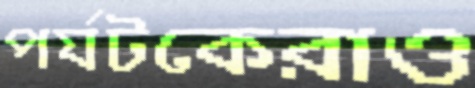
পর্যটকেরাও